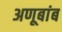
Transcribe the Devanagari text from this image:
अणूबांब